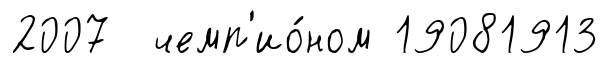
2007 чемп'ио́ном 19081913